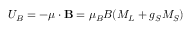
U _ { B } = - { \boldsymbol { \mu } } \cdot \mathbf { B } = \mu _ { B } B ( M _ { L } + g _ { S } M _ { S } )